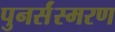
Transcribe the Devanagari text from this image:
पुनर्संस्मरण